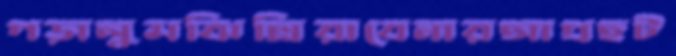
গড়ালুমঝিল্লিরাবেনারআগ্রহট